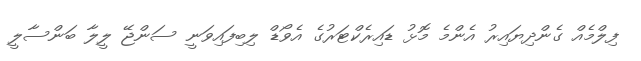
ފިލްމެއް ގެންދިޔައިރު އެންމެ މޮޅު ޑައިރެކްޓަރުގެ އެވޯޑް ލިބިފައިވަނީ ސަންޖޭ ލީލާ ބަންސާލީ